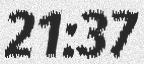
21:37